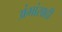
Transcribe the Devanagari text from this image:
अंगांसाठी